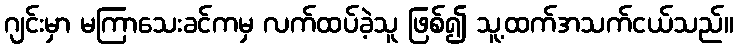
ဂျင်းမှာ မကြာသေးခင်ကမှ လက်ထပ်ခဲ့သူ ဖြစ်၍ သူ့ထက်အသက်ငယ်သည်။